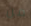
من